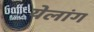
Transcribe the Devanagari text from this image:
येलांग